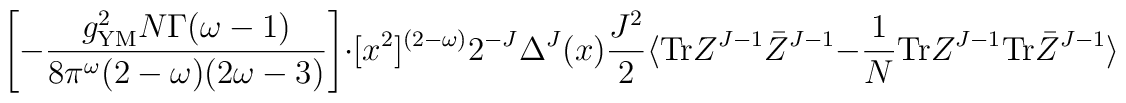
\left[ -\frac{ g^2_{{\rm YM}}N \Gamma(\omega-1) }{ 8\pi^\omega (2-\omega)(2\omega-3) }\right] \cdot[x^2]^{(2-\omega)} 2^{-J}\Delta^J(x)\frac{J^2}{2}\langle {\rm Tr}Z^{J-1}\bar Z^{J-1}-\frac{1}{N}{\rm Tr}Z^{J-1}{\rm Tr}\bar Z^{J-1} \rangle